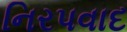
નિરપવાદ